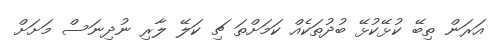
އަރަން ތިބޭ ކުޅޭކުޅޭ ބުދުތަކެއް ކަމަށްތަ ޗި ކަލޭ ލާރި ނުދިނަސް މަށަށް